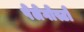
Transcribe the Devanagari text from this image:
पेलेगोस्टो